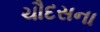
ચૌદસના